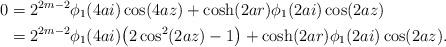
LaTeX: \begin{align*}0 & = 2^{2m-2} \phi_1(4ai) \cos(4az) + \cosh(2ar)\phi_1(2ai) \cos(2az) \\& = 2^{2m-2} \phi_1(4ai) \big(2 \cos^2(2az)-1\big) + \cosh(2ar)\phi_1(2ai) \cos(2az).\end{align*}